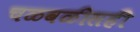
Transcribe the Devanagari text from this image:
चळवळीसही